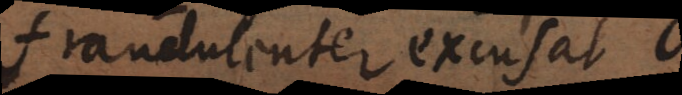
fraudulenter excusat.